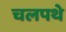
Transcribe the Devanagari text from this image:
चलपथे